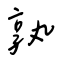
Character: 孰